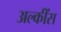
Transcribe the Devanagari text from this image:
अल्कींस